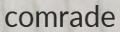
comrade